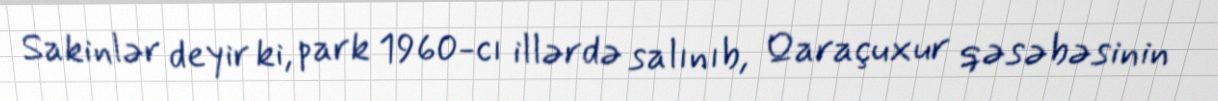
Sakinlər deyir ki, park 1960-cı illərdə salınıb, Qaraçuxur qəsəbəsinin